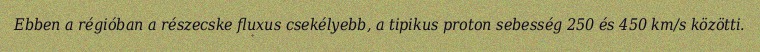
Ebben a régióban a részecske fluxus csekélyebb, a tipikus proton sebesség 250 és 450 km/s közötti.